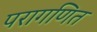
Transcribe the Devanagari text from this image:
परागणित